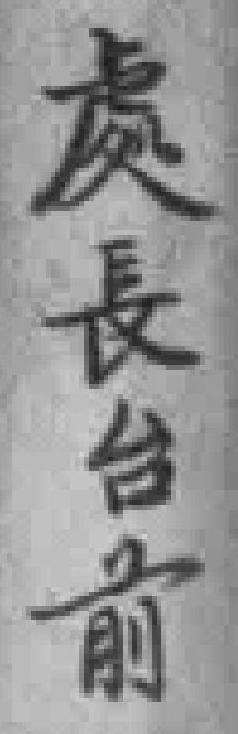
處長台前